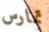
تمارس